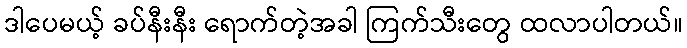
ဒါပေမယ့် ခပ်နီးနီး ရောက်တဲ့အခါ ကြက်သီးတွေ ထလာပါတယ်။